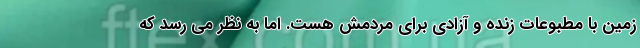
زمین با مطبوعات زنده و آزادی برای مردمش هست. اما به نظر می رسد که